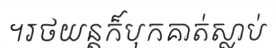
។រថយន្តក៏បុកគាត់ស្លាប់